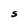
Character: S